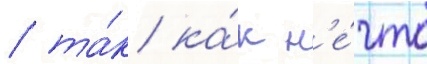
/ та́к ка́к н'е́что